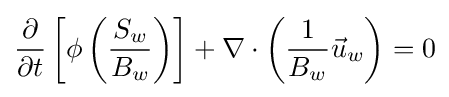
{\frac {\partial }{\partial t}}\left[\phi \left({\frac {S_{w}}{B_{w}}}\right)\right]+\nabla \cdot \left({\frac {1}{B_{w}}}{\vec {u}}_{w}\right)=0